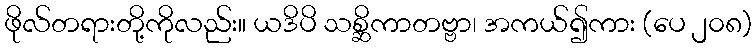
ဖိုလ်တရားတို့ကိုလည်း။ ယဒိပိ သစ္ဆိကာတဗ္ဗာ၊ အကယ်၍ကား (ပေ ၂၀၈)